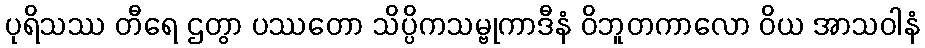
ပုရိသဿ တီရေ ဌတွာ ပဿတော သိပ္ပိကသမ္ဗုကာဒီနံ ဝိဘူတကာလော ဝိယ အာသဝါနံ